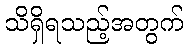
သိရှိရသည့်အတွက်